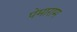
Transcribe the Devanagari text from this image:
पेमाराम